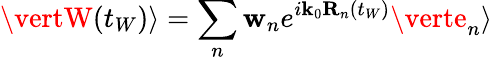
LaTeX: \vertW(t_{W})\rangle=\sum_{n}\mathbf{w}_{n}e^{i\mathbf{{k}}_{0}\mathbf{{R}}_{n}(t_{W})}\verte_{n}\rangle